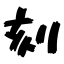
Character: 刻